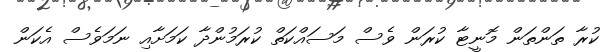
ކުރާ ތަންތަން މޮނީޓާ ކުރަން ވެސް މަސައްކަތް ކުރަމުންދާ ކަމަށާއި ނަމަވެސް އެކަން